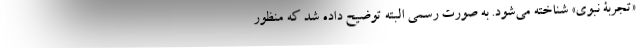
«تجربۀ نبوی» شناخته می‌شود. به صورت رسمی البته توضیح داده شد که منظور